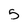
Character: 5